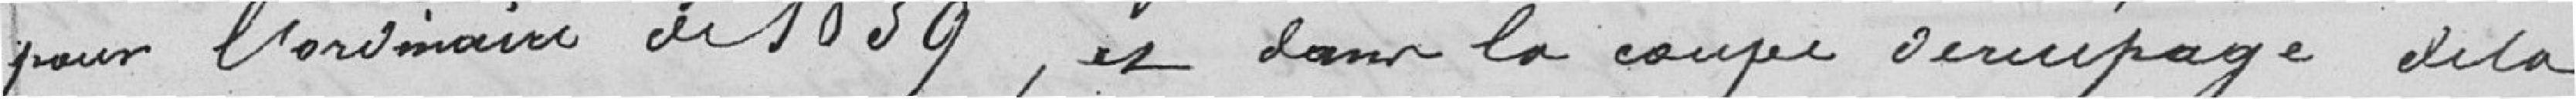
pour l'ordinaire de 1839, et dans la coupe     de la